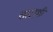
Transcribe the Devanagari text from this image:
ताटाशी